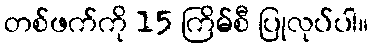
တစ်ဖက်ကို 15 ကြိမ်စီ ပြုလုပ်ပါ။